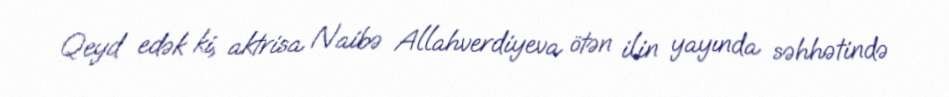
Qeyd edək ki, aktrisa Naibə Allahverdiyeva ötən ilin yayında səhhətində